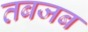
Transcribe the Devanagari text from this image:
तबजब